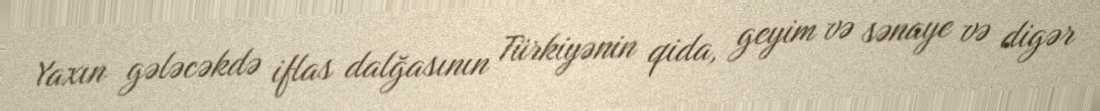
Yaxın gələcəkdə iflas dalğasının Türkiyənin qida, geyim və sənaye və digər